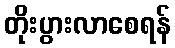
တိုးပွားလာစေရန်